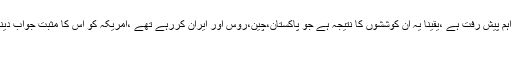
افغانستان میں امن کیلئے یہ اہم پیش رفت ہے ،یقیناً یہ ان کوششوں کا نتیجہ ہے جو پاکستان،چین،روس اور ایران کررہے تھے ،امریکہ کو اس کا مثبت جواب دینا چاہیے بقول شاعرکیوں کہ
خون اپنا ہو یا پرایا ہو ۔